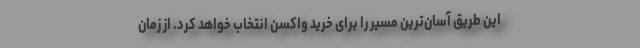
این طریق آسان‌ترین مسیر را برای خرید واکسن انتخاب خواهد کرد. از زمان